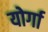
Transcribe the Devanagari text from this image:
योर्गा